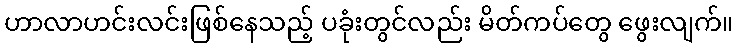
ဟာလာဟင်းလင်းဖြစ်နေသည့် ပခုံးတွင်လည်း မိတ်ကပ်တွေ ဖွေးလျက်။